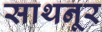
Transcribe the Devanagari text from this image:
साथनूर